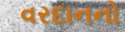
વરદાનનો